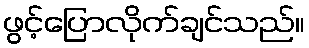
ဖွင့်ပြောလိုက်ချင်သည်။